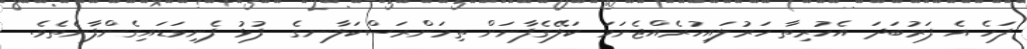
ފަހެ އެ ފަރުބަދަ އެހުރިތާ ހަރުލައިހުރެއްޖެނަމަ ކަލޭގެފާނަށް ތިމަންރަސްކަލާނގެ  ފުޅު ފެނިވަޑައިގެންފާނެތެވެ.